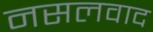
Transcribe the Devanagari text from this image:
नसलवाद